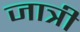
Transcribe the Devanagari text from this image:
जात्री